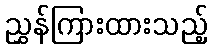
ညွှန်ကြားထားသည့်